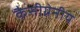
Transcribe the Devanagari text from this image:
कैसीग्रेनीय